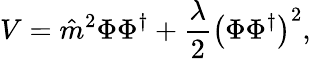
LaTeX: V=\hat{m}^{2}\Phi\Phi^{\dagger}+\frac{\lambda}{2}\left(\Phi\Phi^{\dagger}\right)^{2},